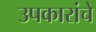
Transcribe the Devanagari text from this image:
उपकारांचे